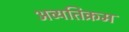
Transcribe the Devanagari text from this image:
अव्यतिक्रम